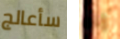
سأعالج إنه